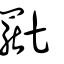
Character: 𬙞